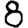
Digit: 8